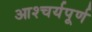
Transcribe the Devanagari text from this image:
आश्चर्यपूर्ण